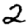
Digit: 2